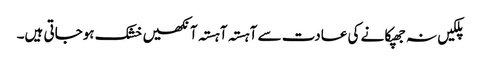
پلکیں نہ جھپکانے کی عادت سے آہستہ آہستہ آنکھیں خشک ہوجاتی ہیں۔